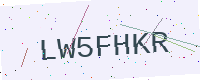
Text: LW5FHKR